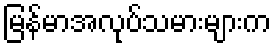
မြန်မာအလုပ်သမားများက